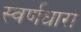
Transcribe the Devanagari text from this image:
स्वर्णधारा